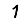
Digit: 1